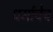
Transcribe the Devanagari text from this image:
धर्माचेच